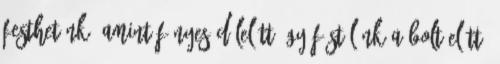
festhetünk, amint fényes délelőtt úgy füstölünk a bolt előtt,